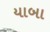
યાબા